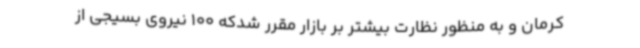
کرمان و به منظور نظارت بیشتر بر بازار مقرر شدکه 100 نیروی بسیجی از